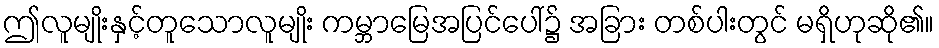
ဤလူမျိုးနှင့်တူသောလူမျိုး ကမ္ဘာမြေအပြင်ပေါ်၌ အခြား တစ်ပါးတွင် မရှိဟုဆို၏။